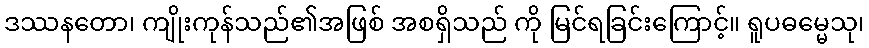
ဒဿနတော၊ ကျိုးကုန်သည်၏အဖြစ် အစရှိသည် ကို မြင်ရခြင်းကြောင့်။ ရူပဓမ္မေသု၊